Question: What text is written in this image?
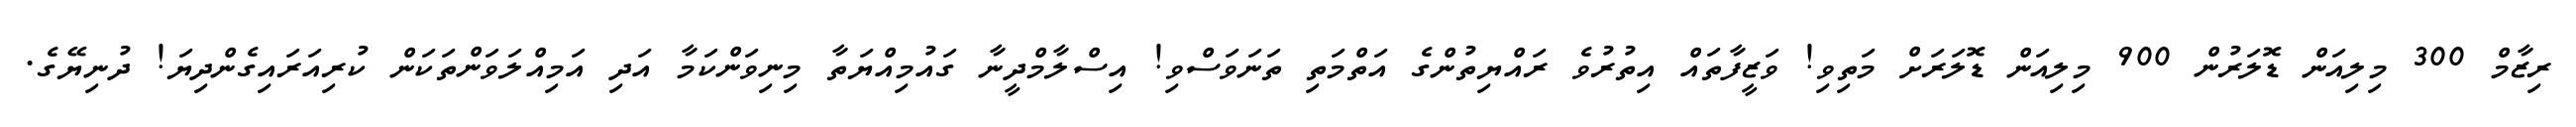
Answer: ރިޒާމް 300 މިލިއަން ޑޮލަރުން 900 މިލިއަން ޑޮލަރަށް މަތިވި! ވަޒީފާތައް އިތުރުވެ ރައްޔިތުންގެ އަތްމަތި ތަނަވަސްވި! އިސްލާމްދީނާ ގައުމިއްޔަތާ މިނިވަންކަމާ އަދި އަމިއްލަވަންތަކަން ކުރިއަރައިގެންދިޔަ! ދުނިޔޭގެ.